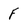
Character: F